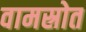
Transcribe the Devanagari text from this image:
वामस्रोत